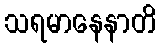
သရမာနေနာတိ